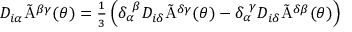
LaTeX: D _ { i \alpha } \tilde { \mathrm { A } } ^ { \beta \gamma } ( \theta ) = \textstyle { \frac { 1 } { 3 } } \left( \delta _ { \alpha } ^ { ~ \beta } D _ { i \delta } \tilde { \mathrm { A } } ^ { \delta \gamma } ( \theta ) - \delta _ { \alpha } ^ { ~ \gamma } D _ { i \delta } \tilde { \mathrm { A } } ^ { \delta \beta } ( \theta ) \right)